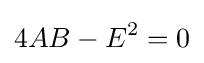
4AB-E^{2}=0